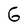
Character: 6